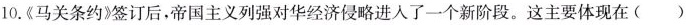
10.《马关条约》签订后，帝国主义列强对华经济侵略进入了一个新阶段。这主要体现在（）